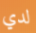
لدي